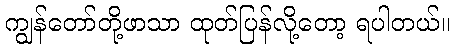
ကျွန်တော်တို့ဖာသာ ထုတ်ပြန်လို့တော့ ရပါတယ်။